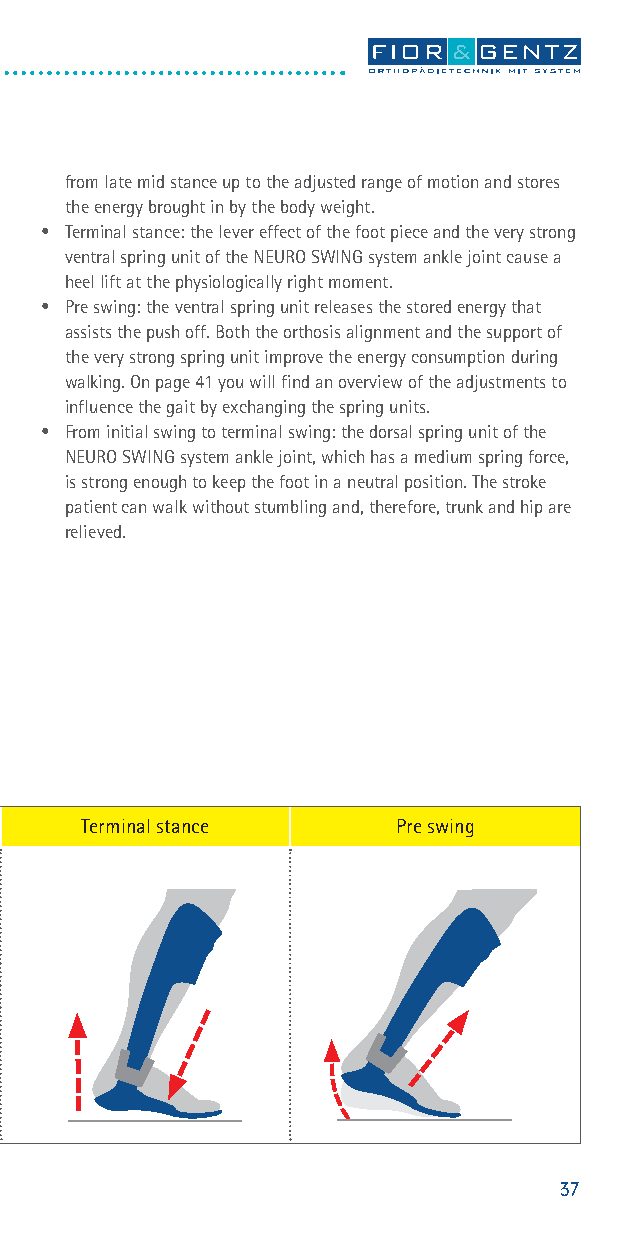
from late mid stance up to the adjusted range of motion and stores
 the energy brought in by the body weight.
 • Terminal stance: the lever effect of the foot piece and the very strong
 ventral spring unit of the NEURO SWING system ankle joint cause a
 heel lift at the physiologically right moment.
 • Pre swing: the ventral spring unit releases the stored energy that
 assists the push off. Both the orthosis alignment and the support of
 the very strong spring unit improve the energy consumption during
 walking. On page 41 you will find an overview of the adjustments to
 influence the gait by exchanging the spring units.
 • From initial swing to terminal swing: the dorsal spring unit of the
 NEURO SWING system ankle joint, which has a medium spring force,
 is strong enough to keep the foot in a neutral position. The stroke
 patient can walk without stumbling and, therefore, trunk and hip are
 relieved.
 IC Loading rIeCs p oLnoICsae d iLnoga dreinspgo rnesseponsMe id stanMcied sMtaidn csetance TTeerrmmiTinenaralm ls sitntaaannlc cseteance Pre sPwrePin rsegw siwnigng
 15o 15o 10o10o
 37